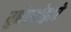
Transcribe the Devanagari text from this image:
युनेस्कोद्वारे